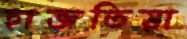
হাজতিয়া